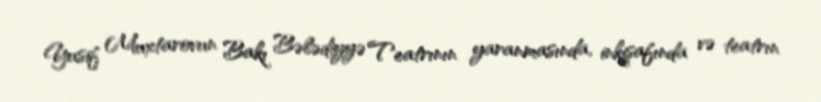
Yusif Muxtarovun Bakı Bələdiyyə Teatrının yaranmasında, inkişafında və teatrın